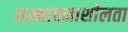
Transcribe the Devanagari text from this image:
सम्भावनाशीलता